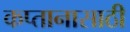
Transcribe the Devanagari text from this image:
कप्तानासाठी